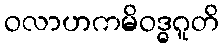
ဝလာဟကမိဝဒ္ဓဂူတိ